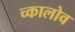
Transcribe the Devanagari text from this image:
च्कालोव